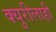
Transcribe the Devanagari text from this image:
क्युरीलाही